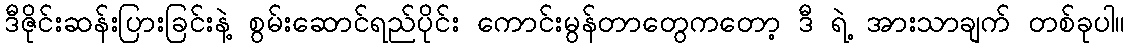
ဒီဇိုင်းဆန်းပြားခြင်းနဲ့ စွမ်းဆောင်ရည်ပိုင်း ကောင်းမွန်တာတွေကတော့ ဒီ ရဲ့ အားသာချက် တစ်ခုပါ။